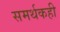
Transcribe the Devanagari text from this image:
समर्थकही